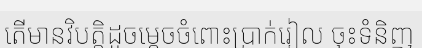
តើមានវិបត្តិដូចម្តេចចំពោះប្រាក់រៀល ចុះទំនិញ